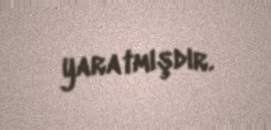
yaratmışdır.